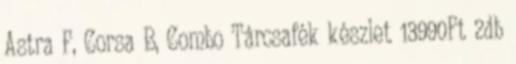
Astra F, Corsa B, Combo Tárcsafék készlet 13990Ft 2db